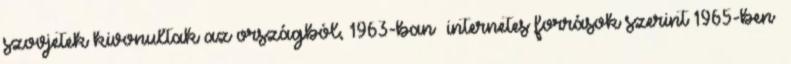
szovjetek kivonultak az országból, 1963-ban internetes források szerint 1965-ben